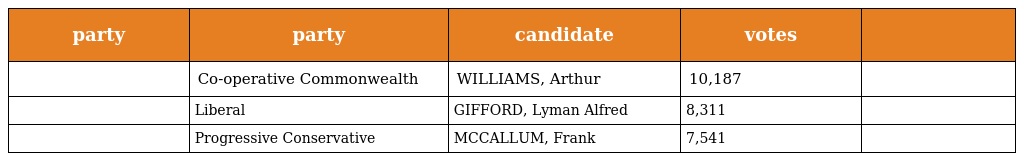
| party | party | candidate | votes |  |
 | --- | --- | --- | --- | --- |
 |  | Co-operative Commonwealth | WILLIAMS, Arthur | 10,187 |  |
 |  | Liberal | GIFFORD, Lyman Alfred | 8,311 |  |
 |  | Progressive Conservative | MCCALLUM, Frank | 7,541 |  |